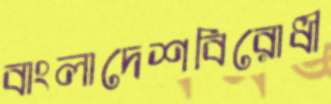
বাংলাদেশবিরোধী